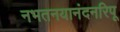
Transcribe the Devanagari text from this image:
नभतनयानंदनरिपू